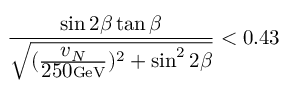
\frac { \sin 2 \beta \tan \beta } { \sqrt { ( \frac { { \textstyle v _ { N } } } { { \textstyle 2 5 0 } \mathrm { G e V } } ) ^ { 2 } + \sin ^ { 2 } 2 \beta } } < 0 . 4 3